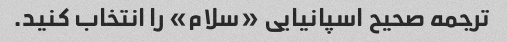
ترجمه صحیح اسپانیایی «سلام» را انتخاب کنید.